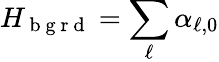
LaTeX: H_{\mathrm{~b~g~r~d~}}=\sum_{\ell}\alpha_{\ell,0}